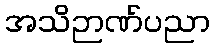
အသိဉာဏ်ပညာ